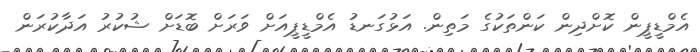
އެމްޑީޕީން ކޮށްދިން ކަންތަކުގެ މަތިން. އަޅުގަނޑު އެމްޑީޕީއަށް ވަރަށް ބޮޑަށް ޝުކުރު އަދާކުރަން